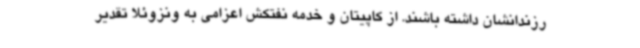
رزندانشان داشته باشند. از کاپیتان و خدمه نفتکش اعزامی به ونزوئلا تقدیر